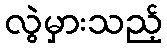
လွဲမှားသည့်